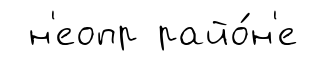
н'еопр райо́н'е